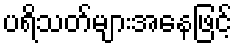
ပရိသတ်များအနေဖြင့်